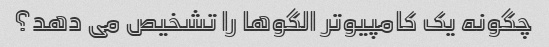
چگونه یک کامپیوتر الگوها را تشخیص می دهد؟